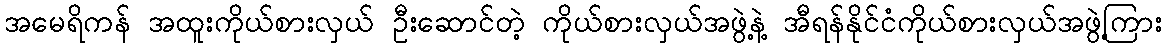
အမေရိကန် အထူးကိုယ်စားလှယ် ဦးဆောင်တဲ့ ကိုယ်စားလှယ်အဖွဲ့နဲ့ အီရန်နိုင်ငံကိုယ်စားလှယ်အဖွဲ့ကြား